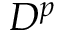
D ^ { p }